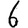
Digit: 6